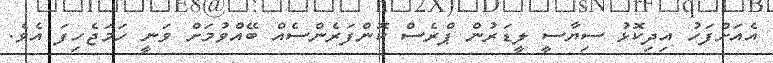
އެއަށްފަހު އިދިކޮޅު ސިޔާސީ ލީޑަރުން ޕްރެސް ކޮންފަރެންސެއް ބޭއްވުމަށް ވަނީ ހަމަޖެހިފަ އެވެ.